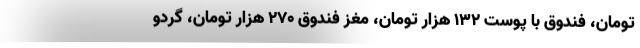
تومان، فندوق با پوست ۱۳۲ هزار تومان، مغز فندوق ۲۷۰ هزار تومان، گردو